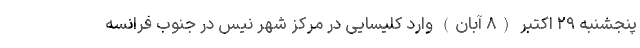
پنجشنبه ۲۹ اکتبر (۸ آبان) وارد کلیسایی در مرکز شهر نیس در جنوب فرانسه